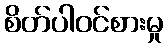
စိတ်ပါဝင်စားမှု